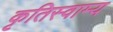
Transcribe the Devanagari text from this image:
कृतिस्वाम्य